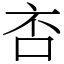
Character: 㕻